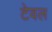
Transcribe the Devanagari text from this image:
टेवल